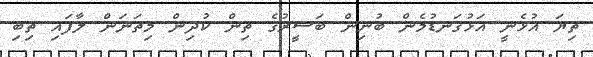
ތިޔަ އުޅެނީ އަޅުގަނޑުމެން ބުނިން ބަސީރުގެ ތިން ކުދިން މިތަނަން ލާފައި ތިބި